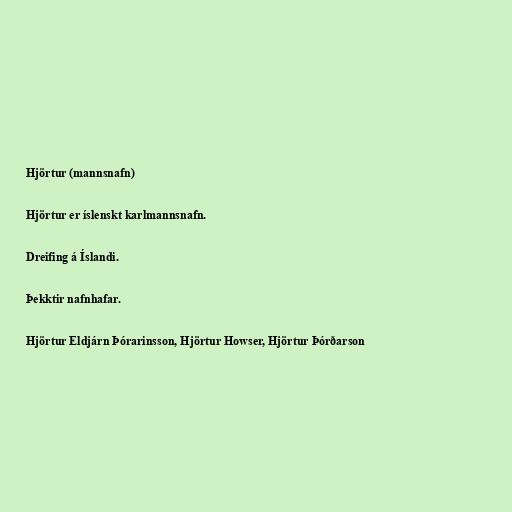
Hjörtur (mannsnafn)

Hjörtur er íslenskt karlmannsnafn.

Dreifing á Íslandi.

Þekktir nafnhafar.

Hjörtur Eldjárn Þórarinsson, Hjörtur Howser, Hjörtur Þórðarson